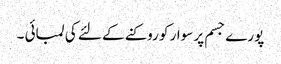
پورے جسم پر سوار کو روکنے کے لئے کی لمبائی ۔